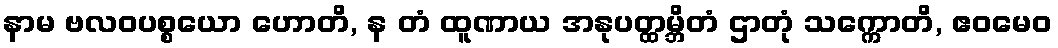
နာမ ဗလဝပစ္စယော ဟောတိ, န တံ ထူဏာယ အနုပတ္ထမ္ဘိတံ ဌာတုံ သက္ကောတိ, ဧဝမေဝ